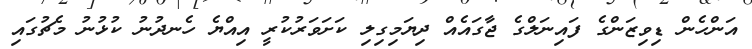
އަންހެން ޑިވިޒަންގެ ފައިނަލްގެ ޖާގައެއް ދިޔަމިގިލި ކަށަވަރުކުރީ އިއްޔެ ހެނދުނު ކުޅުނު މެޗުގައި